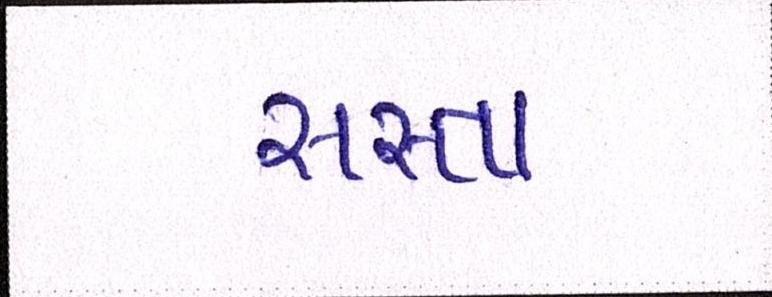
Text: સસ્તા